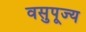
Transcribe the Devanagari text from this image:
वसुपूज्य